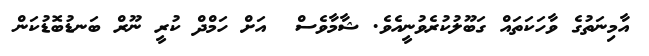
އާމިނަތުގެ ވާހަކަތައް ގަބޫލުކުރެވުނީއެވެ. ޝާމާވެސް  އަށް ހަމްދް ކުރީ ނޫރް ބަނޑުބޮޑުކަން